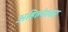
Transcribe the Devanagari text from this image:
अहिल्येश्वर